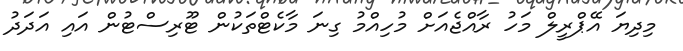
މިދިޔަ އޭޕްރީލް މަހު ރާއްޖެއަށް މުހިއްމު ގިނަ މާކެޓްތަކުން ޓޫރިސްޓުން އައި އަދަދު